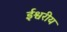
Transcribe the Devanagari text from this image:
र्इश्वरीय